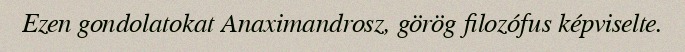
Ezen gondolatokat Anaximandrosz, görög filozófus képviselte.